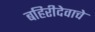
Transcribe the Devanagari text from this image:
बहिरीदेवाचे